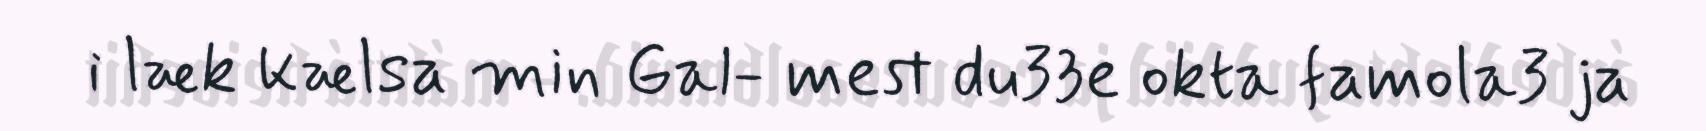
i læk kælsa min Gal- mest du33e okta famola3 ja